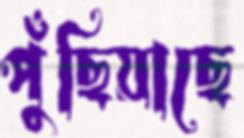
পুঁছিয়াছে